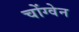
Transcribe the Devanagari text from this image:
चोंग्वेन